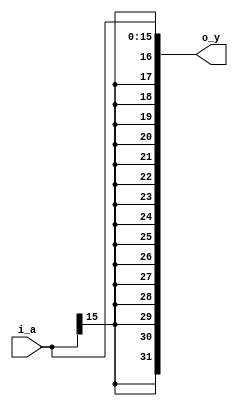
module SigExt16To32bit(
    input wire [15:0] i_a,
    output wire [31:0] o_y
);
    assign o_y = {{16{i_a[15]}}, i_a};
endmodule

module SigExt5To32bit(
    input wire [4:0] i_a,
    output wire [31:0] o_y
);
    assign o_y = {{27{i_a[4]}}, i_a};
endmodule